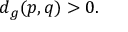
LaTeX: d _ { g } ( p , q ) > 0 .